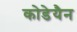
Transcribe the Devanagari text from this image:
कोडेयैन